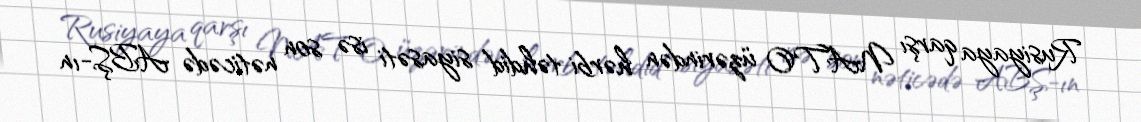
Rusiyaya qarşı NATO üzərindən hərbi təhdid siyasəti isə son nəticədə ABŞ-ın